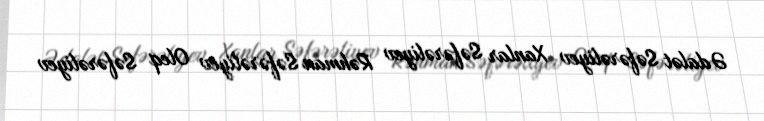
Ədalət Səfərəliyev Xanlar Səfərəliyev Rəhman Səfərəliyev Oleq Səfərəliyev